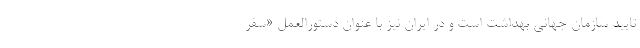
تایید سازمان جهانی بهداشت است و در ایران نیز با عنوان دستورالعمل «سفر